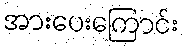
အားပေးကြောင်း